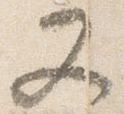
又